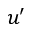
u ^ { \prime }